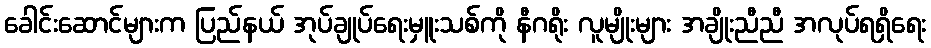
ခေါင်းဆောင်များက ပြည်နယ် အုပ်ချုပ်ရေးမှူးသစ်ကို နီဂရိုး လူမျိုးများ အချိုးညီညီ အလုပ်ရရှိရေး